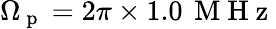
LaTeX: \Omega_{\mathrm{~p~}}=2\pi\times 1.0\, \mathrm{~M~H~z~}